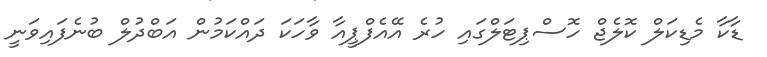
ޑާކާ މެޑިކަލް ކޮލެޖް ހޮސްޕިޓަލްގައި ހުރެ އޭއެފްޕީއާ ވާހަކަ ދައްކަމުން އަބްދުލް ބުނެފައިވަނީ